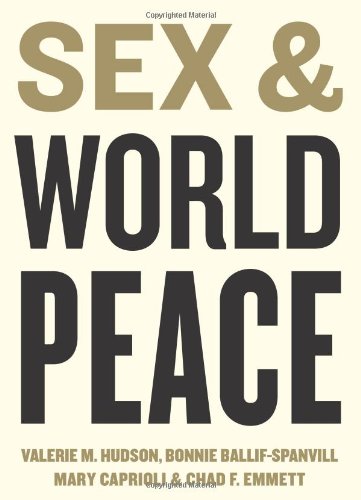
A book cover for Sex and World Peace: Sex, Death, and Hierarchy in a Chinese City; Valerie M. Hudson; Politics & Social Sciences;